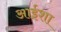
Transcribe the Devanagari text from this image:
आईशा